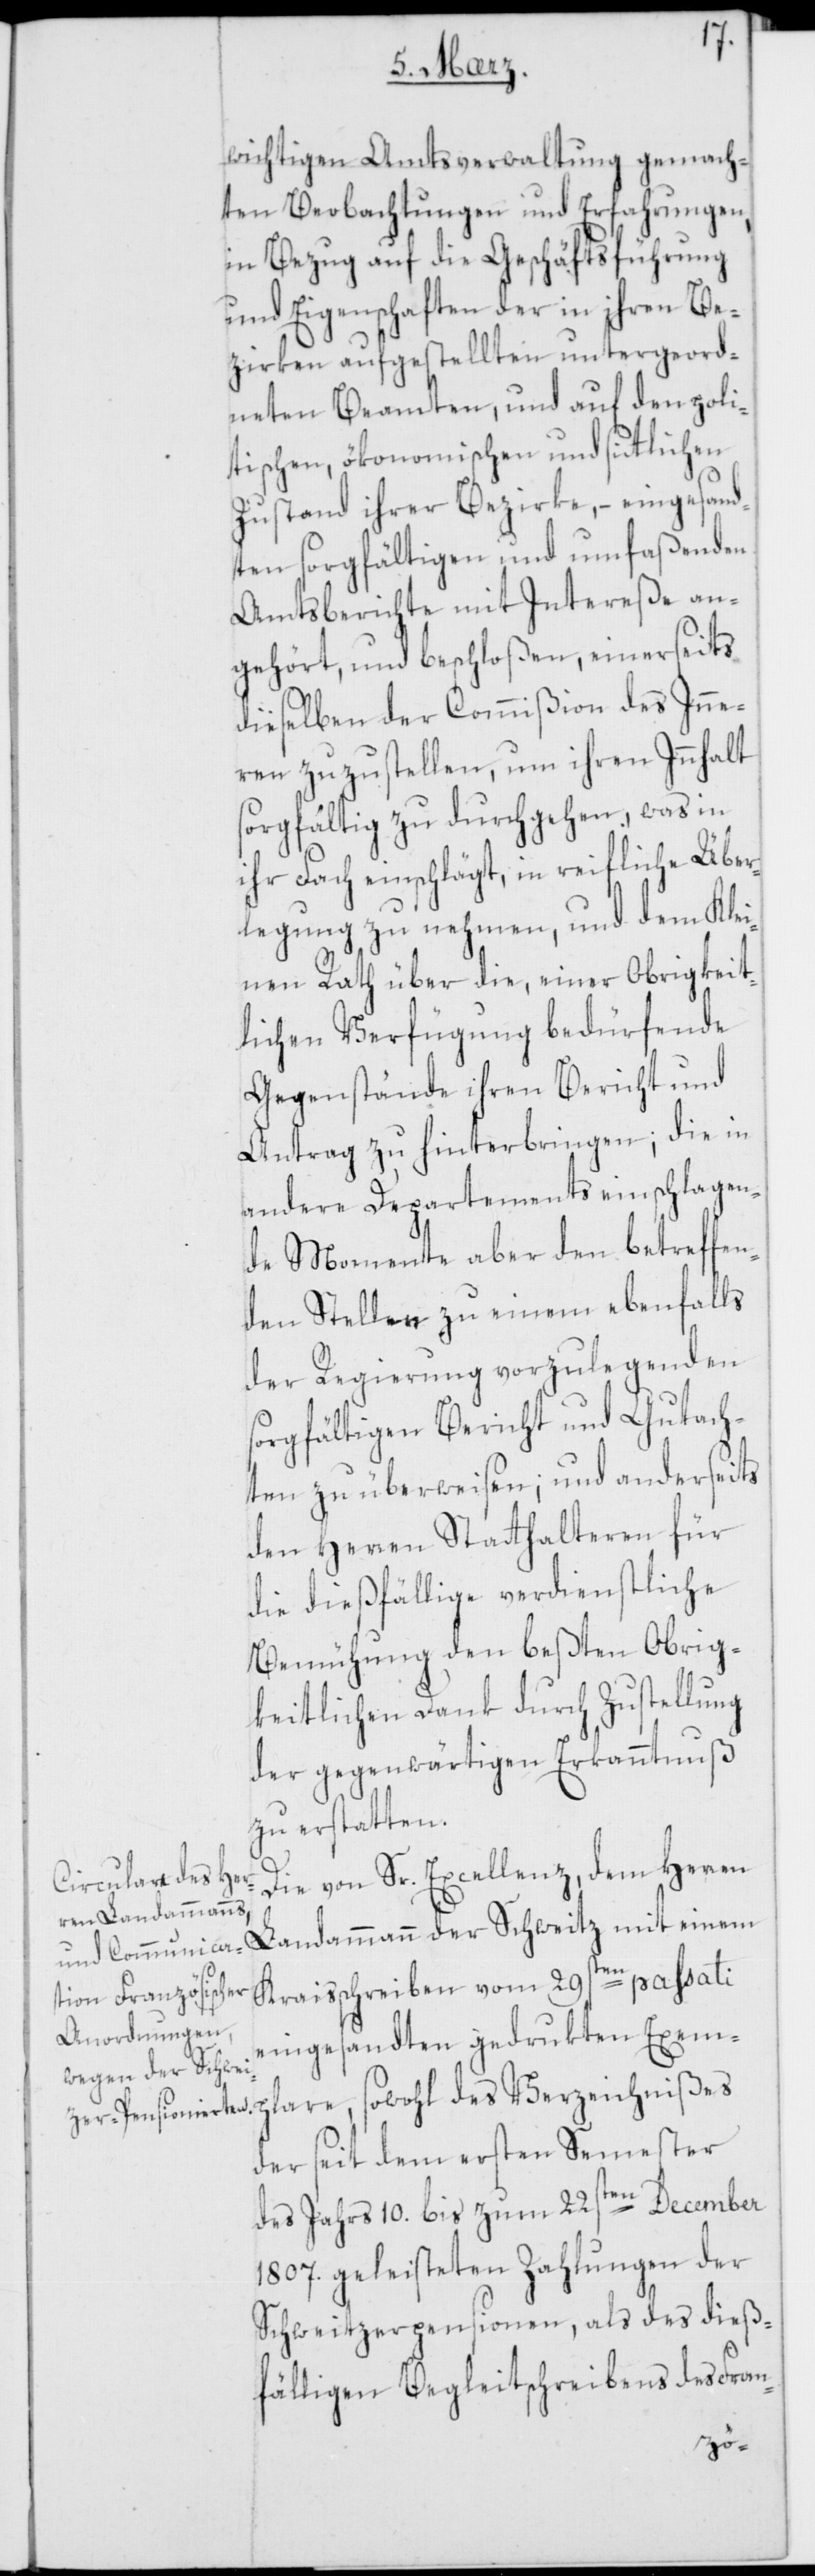
wichtigen Amtsverwaltung gemach¬
ten Beobachtungen und Erfahrungen,
in Bezug auf die Geschäftsführung
und Eigenschaften der in ihren Be¬
zirken aufgestellten untergeord¬
neten Beamten, und auf den poli¬
tischen, ökonomischen und sittlichen
Zustand ihrer Bezirke, – eingesand¬
ten sorgfältigen und umfaßenden
Amtsberichte mit Intereße an¬
gehört, und beschloßen, einerseits
dieselben der Commißion des Inne¬
ren zuzustellen, um ihren Innhalt
sorgfältig zu durchgehen, was in
ihr Fach einschlägt, in reifliche Über¬
legung zu nehmen, und dem Klei¬
nen Rath über die, einer Obrigkeit¬
lichen Verfügung bedürfende
Gegenstände ihren Bericht und
Antrag zu hinterbringen; die in
andere Departements einschlagen¬
de Momente aber den betreffen¬
den Stellen zu einem ebenfalls
der Regierung vorzulegenden
orgfältigen Bericht und Gutach¬
ten zu überweisen; und anderseits
den Herren Statthalteren für
die dießfällige verdienstliche
Bemühung den beßten Obrig¬
keitlichen Dank durch Zustellung
der gegenwärtigen Erkanntnuß
zu erstatten.
s¬
Die von Sr. Excellenz, dem Herren
Landammann der Schweitz mit einem
Kraisschreiben vom 29sten passati
eingesandten gedrukten Exemp¬
lare, sowohl des Verzeichnißes
der seit dem ersten Semester
des Jahrs 10. bis zum 22sten December
1807. geleisteten Zahlungen der
Schweitzerpensionen, als des dieß¬
fälligen Begleitschreibens des Fran-